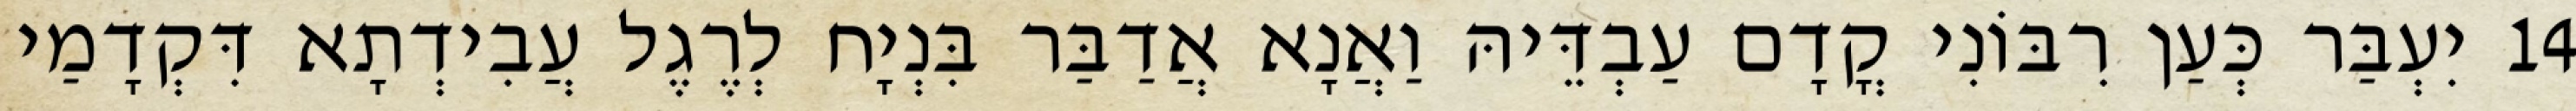
14 יִעְבַּר כְּעַן רִבּוֹנִי קֳדָם עַבְדֵּיהּ וַאֲנָא אֲדַבַּר בִּנְיָח לְרֶגֶל עֲבִידְתָא דִּקְדָמַי